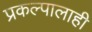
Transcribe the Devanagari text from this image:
प्रकल्पालाही